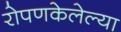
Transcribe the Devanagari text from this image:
रोपणकेलेल्या